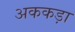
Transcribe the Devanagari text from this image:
अककड़ा